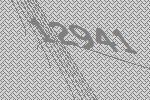
12941